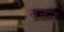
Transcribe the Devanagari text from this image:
ववन